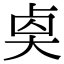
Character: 𠧵